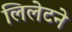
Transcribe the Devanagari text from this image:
लिलेटने